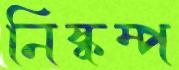
নিষ্কম্প